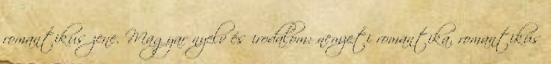
romantikus zene. Magyar nyelv és irodalom: nemzeti romantika, romantikus